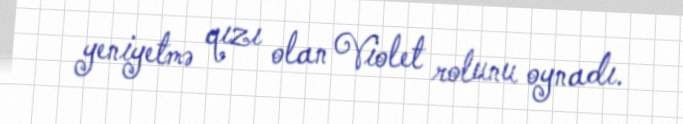
yeniyetmə qızı olan Violet rolunu oynadı.